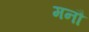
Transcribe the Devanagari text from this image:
मनौ